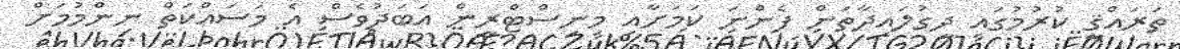
ތަރައްޤީ ކުރުމުގައި ދިގުލައިދާތަން ފެންނަ ކަމަށާއި މިނިސްޓްރީން އަބަދުވެސް އެ މަސައްކަތް ނިންމުމަށް